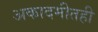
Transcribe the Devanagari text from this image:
अकादमीतही